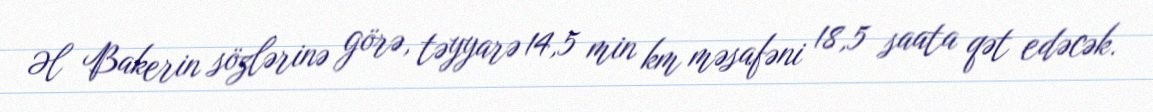
Əl Bakerin sözlərinə görə, təyyarə 14,5 min km məsafəni 18,5 saata qət edəcək.